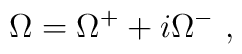
\Omega =  \Omega^+ + i \Omega^-\ ,